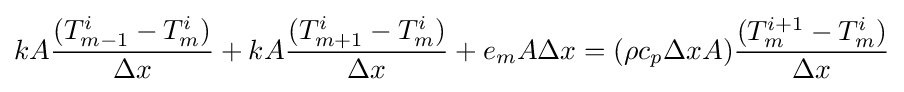
kA{\frac {(T_{m-1}^{i}-T_{m}^{i})}{\Delta {x}}}+kA{\frac {(T_{m+1}^{i}-T_{m}^{i})}{\Delta {x}}}+{e_{m}}A\Delta {x}=(\rho c_{p}\Delta xA){\frac {(T_{m}^{i+1}-T_{m}^{i})}{\Delta x}}